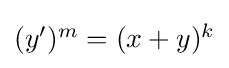
{\textstyle (y')^{m}=(x+y)^{k}}